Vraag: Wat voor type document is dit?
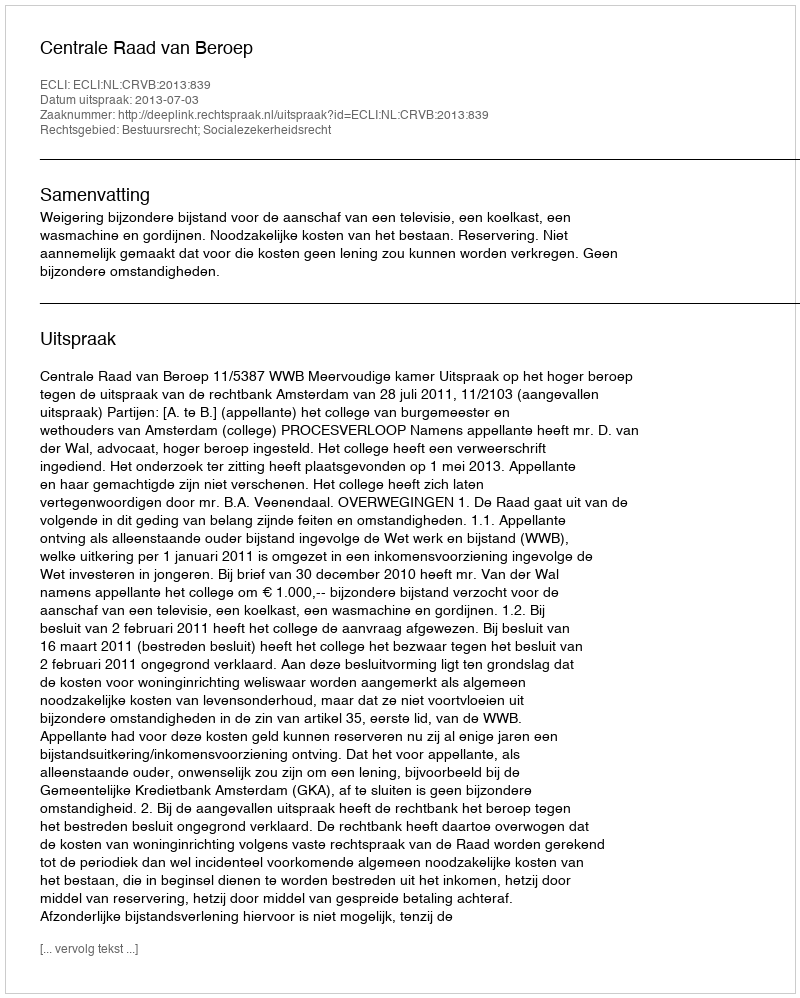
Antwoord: Uitspraak